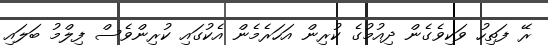
ރޭ ފަތިހު ވަކިވެގެން ދިއުމުގެ ކުރިން އަހަރެމެން އެކުގައި ކުރިންވެސް ފިލްމު ބަލައި